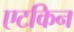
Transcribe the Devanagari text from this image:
एटकिन